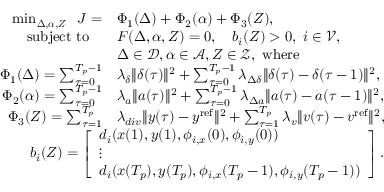
\begin{array} { r l } { \operatorname* { m i n } _ { \boldsymbol { \Delta } , \boldsymbol { \alpha } , \boldsymbol { Z } } \; \; J = } & { \Phi _ { 1 } ( \boldsymbol { \Delta } ) + \Phi _ { 2 } ( \boldsymbol { \alpha } ) + \Phi _ { 3 } ( \boldsymbol { Z } ) , } \\ { \mathrm { s u b j e c t ~ t o ~ } \; \; } & { F ( \boldsymbol { \Delta } , \boldsymbol { \alpha } , \boldsymbol { Z } ) = 0 , \ \ \ b _ { i } ( \boldsymbol { Z } ) > 0 , \ i \in \mathcal { V } , } \\ & { \boldsymbol { \Delta } \in \mathcal { D } , \boldsymbol { \alpha } \in \mathcal { A } , \boldsymbol { Z } \in \mathcal { Z } , \ \mathrm { w h e r e } } \\ { \ \Phi _ { 1 } ( \boldsymbol { \Delta } ) = \sum _ { \tau = 0 } ^ { T _ { p } - 1 } } & { \lambda _ { \delta } \| \delta ( \tau ) \| ^ { 2 } + \sum _ { \tau = 0 } ^ { T _ { p } - 1 } \lambda _ { \Delta \delta } \| \delta ( \tau ) - \delta ( \tau - 1 ) \| ^ { 2 } , } \\ { \ \Phi _ { 2 } ( \boldsymbol { \alpha } ) = \sum _ { \tau = 0 } ^ { T _ { p } - 1 } } & { \lambda _ { a } \| a ( \tau ) \| ^ { 2 } + \sum _ { \tau = 0 } ^ { T _ { p } - 1 } \lambda _ { \Delta a } \| a ( \tau ) - a ( \tau - 1 ) \| ^ { 2 } , } \\ { \ \Phi _ { 3 } ( \boldsymbol { Z } ) = \sum _ { \tau = 1 } ^ { T _ { p } } } & { \lambda _ { d i v } \| y ( \tau ) - y ^ { \mathrm { r e f } } \| ^ { 2 } + \sum _ { \tau = 1 } ^ { T _ { p } } \lambda _ { v } \| v ( \tau ) - v ^ { \mathrm { r e f } } \| ^ { 2 } , } \\ & { \! \! \! \! \! \! \! \! \! \! \! \! \! \! \! \! \! \! \! \! \! \! \! \! \! \! \! \! \! \! \! \! \! \! \! \! b _ { i } ( \boldsymbol { Z } ) = \left[ \begin{array} { l } { d _ { i } ( x ( 1 ) , y ( 1 ) , \phi _ { i , x } ( 0 ) , \phi _ { i , y } ( 0 ) ) } \\ { \vdots } \\ { d _ { i } ( x ( T _ { p } ) , y ( T _ { p } ) , \phi _ { i , x } ( T _ { p } - 1 ) , \phi _ { i , y } ( T _ { p } - 1 ) ) } \end{array} \right] . } \end{array}